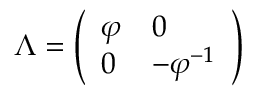
\Lambda = { \left( \begin{array} { l l } { \varphi } & { 0 } \\ { 0 } & { - \varphi ^ { - 1 } } \end{array} \right) }